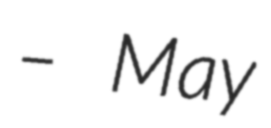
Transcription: – May